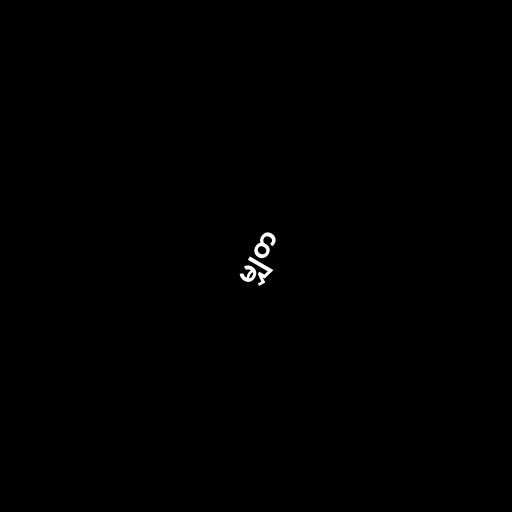
မျှတ